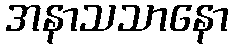
အနာသသာနော